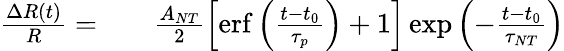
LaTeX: \begin{array}{rlr}{\frac{\Delta R(t)}{R}=}&{{}}&{\frac{A_{NT}}{2}\left[\mathrm{erf}\left(\frac{t-t_{0}}{\tau_{p}}\right)+1\right]\exp\left(-\frac{t-t_{0}}{\tau_{NT}}\right)}\end{array}